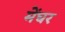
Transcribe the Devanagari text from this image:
मेंघर